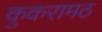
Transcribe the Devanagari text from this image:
कुकरामठ